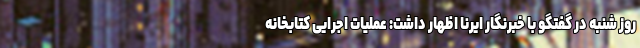
روز شنبه در گفتگو با خبرنگار ایرنا اظهار داشت: عملیات اجرایی کتابخانه